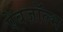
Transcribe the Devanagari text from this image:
ऐबज़ॉल्भ